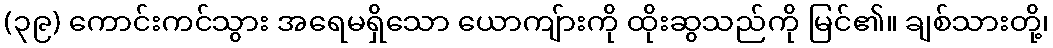
(၃၉) ကောင်းကင်သွား အရေမရှိသော ယောကျ်ားကို ထိုးဆွသည်ကို မြင်၏။ ချစ်သားတို့၊